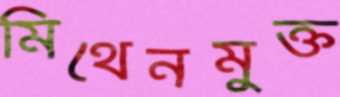
মিথেনমুক্ত